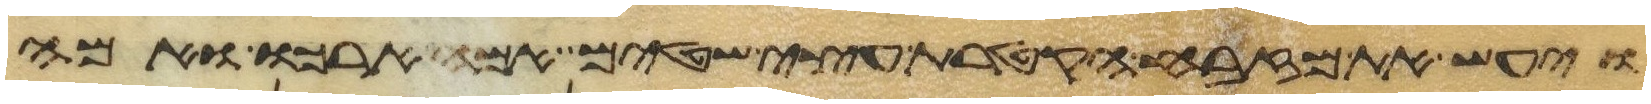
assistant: ויעש את מזבח הקטרת עצי שטים אמה ארכו ואמה